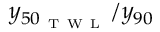
y _ { 5 0 _ { \mathrm { ~ T ~ W ~ L ~ } } } / y _ { 9 0 }